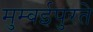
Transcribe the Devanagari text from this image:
मुम्बईपुरते